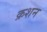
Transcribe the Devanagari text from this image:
क्रशन